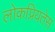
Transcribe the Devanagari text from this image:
लोकप्रियतेस